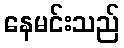
နေမင်းသည်